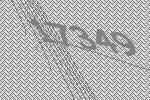
17349